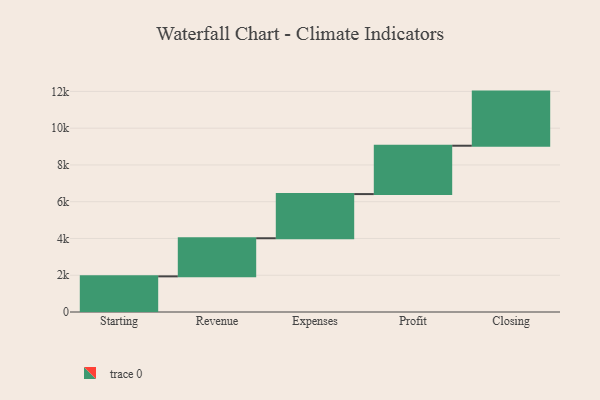
{"axis": {"x": "Step", "y": "Value"}, "legend": [""], "data": [{"x": "Starting", "y": 1939.0, "type": ""}, {"x": "Revenue", "y": 2073.0, "type": ""}, {"x": "Expenses", "y": 2403.0, "type": ""}, {"x": "Profit", "y": 2631.0, "type": ""}, {"x": "Closing", "y": 2944.0, "type": ""}]}